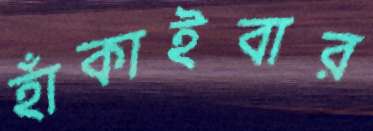
হাঁকাইবার